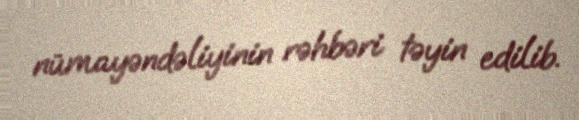
nümayəndəliyinin rəhbəri təyin edilib.